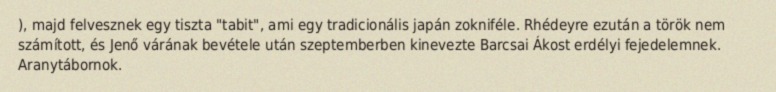
), majd felvesznek egy tiszta "tabit", ami egy tradicionális japán zokniféle. Rhédeyre ezután a török nem számított, és Jenő várának bevétele után szeptemberben kinevezte Barcsai Ákost erdélyi fejedelemnek. Aranytábornok.